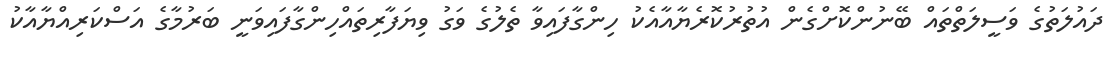
ދައުލަތުގެ ވަސީލަތްތައް ބޭނުންކޮށްގެން އުތުރުކޮރެޔާއާއެކު ހިންގާފައިވާ ތެލުގެ ވަގު ވިޔަފާރިތައްހިންގާފައިވަނީ ބަރުމާގެ އަސްކަރިއްޔާއާކު